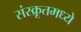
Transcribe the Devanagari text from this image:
संस्क्रूतमध्ये